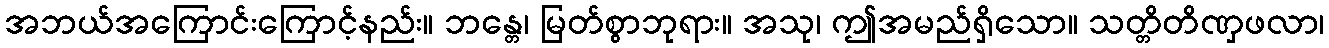
အဘယ်အကြောင်းကြောင့်နည်း။ ဘန္တေ၊ မြတ်စွာဘုရား။ အသု၊ ဤအမည်ရှိသော။ သတ္တိတိဏှဖလာ၊